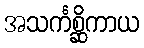
အသင်္ကစ္ဆိကာယ